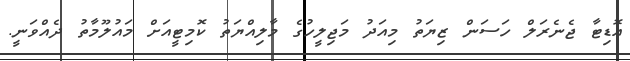
އޮޑިޓާ ޖެނެރަލް ހަސަން ޒިޔަތު މިއަދު މަޖިލީހުގެ މާލިއްޔަތު ކޮމިޓީއަށް މައުލޫމާތު ދެއްވަނީ.